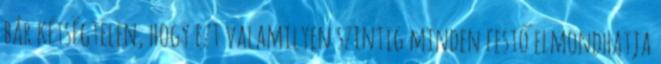
bár kétségtelen, hogy ezt valamilyen szintig minden festő elmondhatja